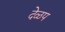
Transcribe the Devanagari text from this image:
देळप